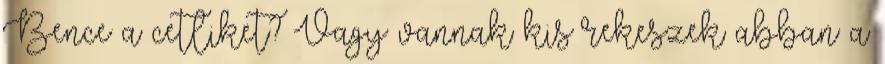
Bence a cetliket? Vagy vannak kis rekeszek abban a